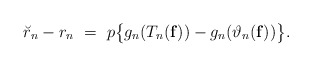
\begin{align*} \breve{r}_n - r_n \ = \ p\big\{g_n(T_n(\mathbf{f})) - g_n(\vartheta_{n}(\mathbf{f})) \big\}.\end{align*}